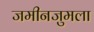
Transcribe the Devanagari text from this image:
जमीनजुमला